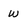
Character: w